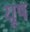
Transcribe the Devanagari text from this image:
यूष